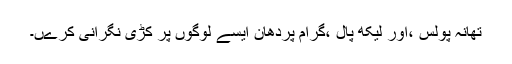
تھانہ پولس ،اور لیکھ پال ،گرام پردھان ایسے لوگوں پر کڑی نگرانی کرےں۔